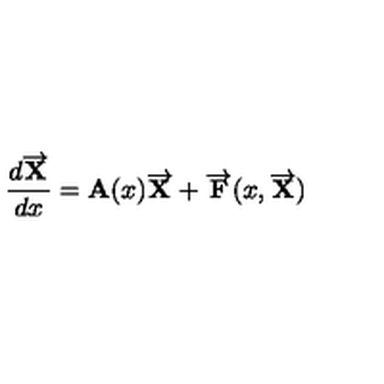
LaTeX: \frac { d \overrightarrow { { \bf X } } } { d x } = { \bf A } ( x ) \overrightarrow { { \bf X } } + \overrightarrow { { \bf F } } ( x , \overrightarrow { { \bf X } } )